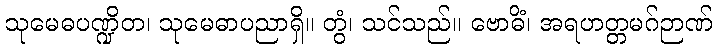
သုမေဓပဏ္ဍိတ၊ သုမေဓာပညာရှိ။ တွံ၊ သင်သည်။ ဗောဓိံ၊ အရဟတ္တမဂ်ဉာဏ်